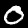
Label: 0